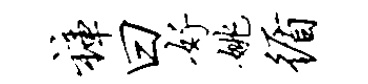
裤曰好姚循